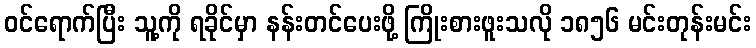
ဝင်ရောက်ပြီး သူ့ကို ရခိုင်မှာ နန်းတင်ပေးဖို့ ကြိုးစားဖူးသလို ၁၈၅၆ မင်းတုန်းမင်း